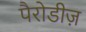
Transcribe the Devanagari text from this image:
पैरोडीज़